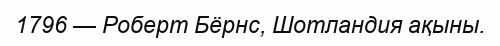
1796 — Роберт Бёрнс, Шотландия ақыны.